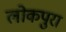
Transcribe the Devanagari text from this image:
लोकपुरा